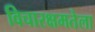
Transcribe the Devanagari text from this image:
विचारक्षमतेला